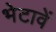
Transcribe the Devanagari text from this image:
भेटावें